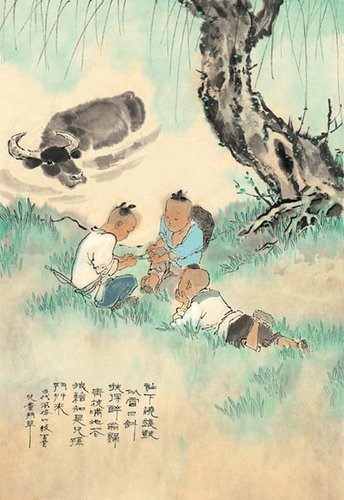
社下烧钱鼓似雷，日斜扶得醉翁回。